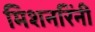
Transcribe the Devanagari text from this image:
मिशनरिंनी